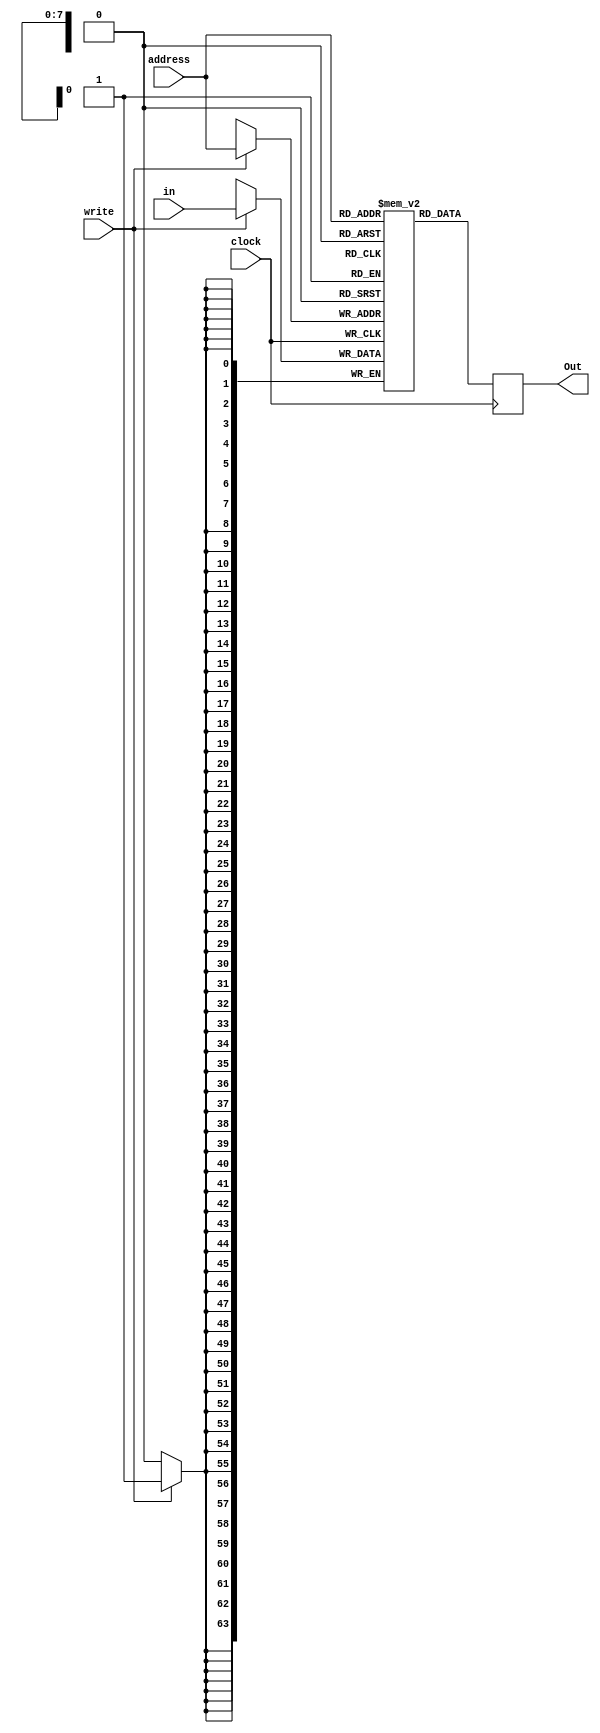
module RAM256x64(address, clock, in, write, Out);

	//inputs and output
	input [7:0]address;
	input clock;
	input [63:0]in;
	input write;
	
	output reg [63:0]Out;
	
	//logic
	reg [63:0]mem [0:255]; // 256 slot array of 64 bit vals
	
	always @(negedge clock)
	begin
		if(write)
		begin
			mem[address] <= in;
		end
	end
	
	always @(negedge clock)
	begin
		Out <= mem[address];
	end
	
endmodule